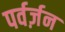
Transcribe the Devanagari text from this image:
पर्वर्ज़न